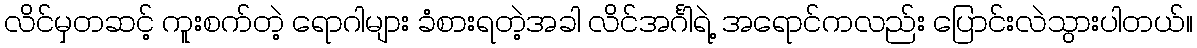
လိင်မှတဆင့် ကူးစက်တဲ့ ရောဂါများ ခံစားရတဲ့အခါ လိင်အင်္ဂါရဲ့ အရောင်ကလည်း ပြောင်းလဲသွားပါတယ်။